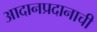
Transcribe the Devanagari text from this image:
आदानप्रदानाची